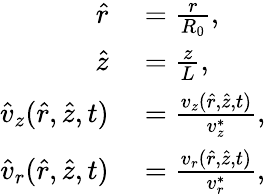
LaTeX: \begin{array}{rl}{\hat{r}}&{{}=\frac{r}{R_{0}},}\\ {\hat{z}}&{{}=\frac{z}{L},}\\ {\hat{v}_{z}(\hat{r},\hat{z},t)}&{{}=\frac{v_{z}(\hat{r},\hat{z},t)}{v_{z}^{*}},}\\ {\hat{v}_{r}(\hat{r},\hat{z},t)}&{{}=\frac{v_{r}(\hat{r},\hat{z},t)}{v_{r}^{*}},}\end{array}